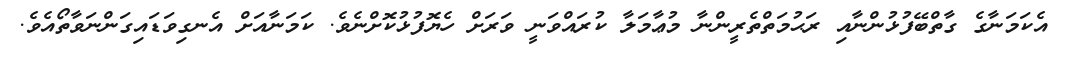
އެކަމަނާގެ ގާތްބޭފުޅުންނާއި ރަޙުމަތްތެރީންނާ މުޢާމަލާ ކުރައްވަނީ ވަރަށް ހެޔޮފުޅުކޮށްނެވެ. ކަމަނާއަށް އެނގިވަޑައިގަންނަވާތޯއެވެ.